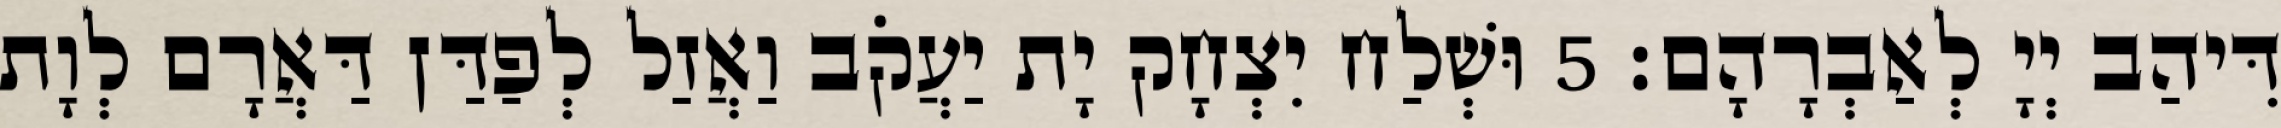
דִּיהַב יְיָ לְאַבְרָהָם׃ 5 וּשְׁלַח יִצְחָק יָת יַעֲקֹב וַאֲזַל לְפַדַּן דַּאֲרָם לְוָת